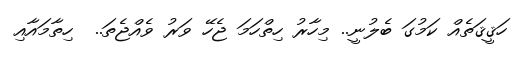
ހަޤީޤަތެއް ކަމުގަ ބެލުނީ.. މިހާރު ހިތްހަމަ ޖެހޭ ވަރު ވެއްޖެތަ..  ހިތާމައާއި